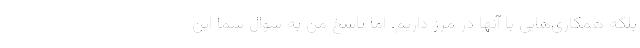
بلكه همكاري‌هايي با آنها در مرز داريم. اما پاسخ من به سوال شما اين